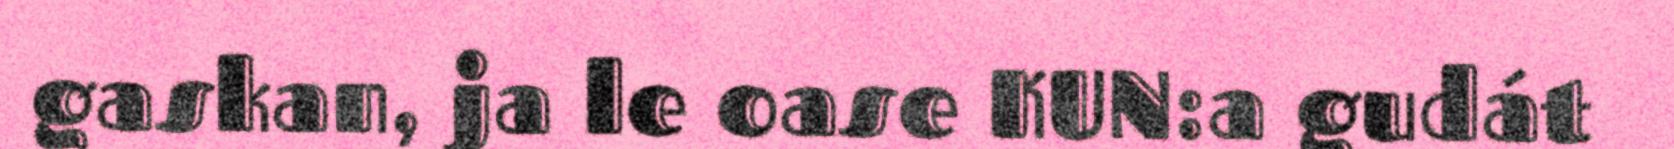
gaskan, ja le oase KUN:a gudát